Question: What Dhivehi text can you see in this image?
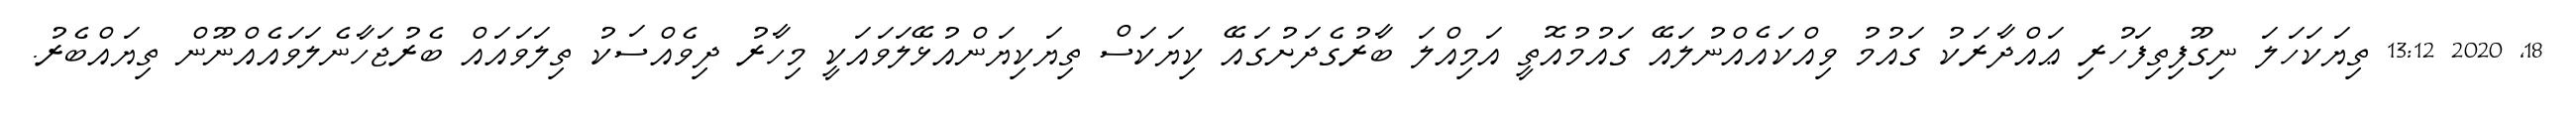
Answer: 18, 2020 13:12 ތިޔަކަހަލަ ނިގޫފިތިފަހުރި ޢައްދާރަކު ގައުމު ވިއްކައެއްނުލައޭ ގައުމުއޮތީ އަމިއްލަ ބާރުގެދަށުގައޭ ކިޔަކަސް ތިޔަކިޔަންއުޅޭލަވައަކީ މިހާރު ދިވެއްސަކު ތިލަވައައް ބެރުޖަހާނެލަވައެއްނޫން ތިޔައްބެރު.